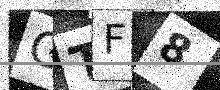
Text: GTF8